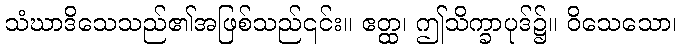
သံဃာဒိသေသည်၏အဖြစ်သည်၎င်း။ ဧတ္ထ၊ ဤသိက္ခာပုဒ်၌။ ဝိသေသော၊